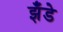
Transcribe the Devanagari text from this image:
झँडे